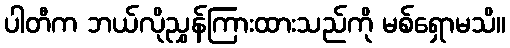
ပါတီက ဘယ်လိုညွှန်ကြားထားသည်ကို မစ်ရှောမသိ။